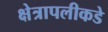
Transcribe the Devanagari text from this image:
क्षेत्रापलीकडे